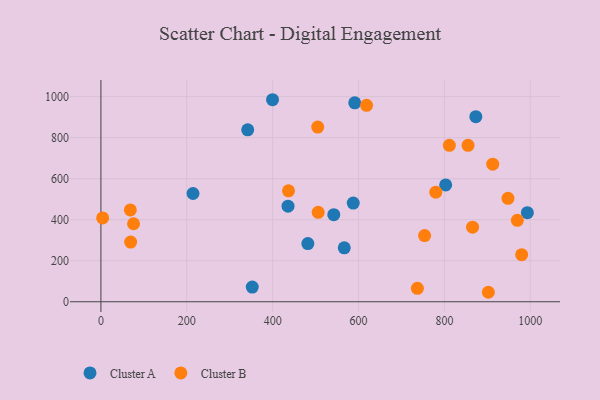
{"axis": {"x": "Distance", "y": "Exam Score"}, "legend": ["Cluster A", "Cluster B"], "data": [{"x": "214.5", "y": 527.8, "type": "Cluster A"}, {"x": "566.8", "y": 263.1, "type": "Cluster A"}, {"x": "341.9", "y": 838.2, "type": "Cluster A"}, {"x": "873.3", "y": 902.1, "type": "Cluster A"}, {"x": "399.7", "y": 984.9, "type": "Cluster A"}, {"x": "435.8", "y": 466.1, "type": "Cluster A"}, {"x": "482.0", "y": 283.7, "type": "Cluster A"}, {"x": "803.0", "y": 569.5, "type": "Cluster A"}, {"x": "993.3", "y": 434.4, "type": "Cluster A"}, {"x": "352.5", "y": 71.5, "type": "Cluster A"}, {"x": "591.2", "y": 969.9, "type": "Cluster A"}, {"x": "542.4", "y": 424.6, "type": "Cluster A"}, {"x": "587.7", "y": 480.9, "type": "Cluster A"}, {"x": "618.7", "y": 957.6, "type": "Cluster B"}, {"x": "912.6", "y": 670.8, "type": "Cluster B"}, {"x": "902.4", "y": 46.2, "type": "Cluster B"}, {"x": "505.0", "y": 851.7, "type": "Cluster B"}, {"x": "753.9", "y": 322.4, "type": "Cluster B"}, {"x": "737.1", "y": 65.7, "type": "Cluster B"}, {"x": "780.0", "y": 534.4, "type": "Cluster B"}, {"x": "69.2", "y": 291.0, "type": "Cluster B"}, {"x": "4.0", "y": 408.6, "type": "Cluster B"}, {"x": "855.1", "y": 762.8, "type": "Cluster B"}, {"x": "811.6", "y": 762.4, "type": "Cluster B"}, {"x": "948.1", "y": 504.0, "type": "Cluster B"}, {"x": "436.9", "y": 541.0, "type": "Cluster B"}, {"x": "76.0", "y": 380.2, "type": "Cluster B"}, {"x": "980.0", "y": 229.6, "type": "Cluster B"}, {"x": "68.5", "y": 447.8, "type": "Cluster B"}, {"x": "865.6", "y": 363.5, "type": "Cluster B"}, {"x": "969.9", "y": 397.2, "type": "Cluster B"}, {"x": "506.1", "y": 436.1, "type": "Cluster B"}]}